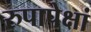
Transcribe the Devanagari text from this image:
रुपापेक्षां